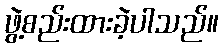
ဖွဲ့စည်းထားခဲ့ပါသည်။